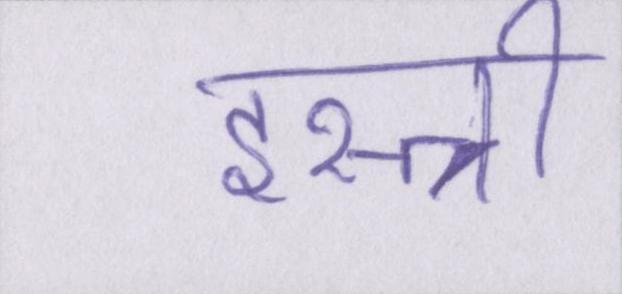
इस्त्री